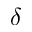
\delta